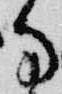
な